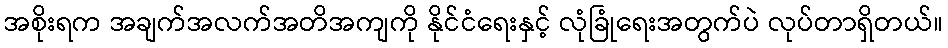
အစိုးရက အချက်အလက်အတိအကျကို နိုင်ငံရေးနှင့် လုံခြုံရေးအတွက်ပဲ လုပ်တာရှိတယ်။